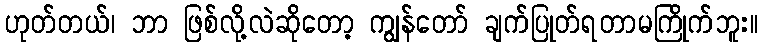
ဟုတ်တယ်၊ ဘာ ဖြစ်လို့လဲဆိုတော့ ကျွန်တော် ချက်ပြုတ်ရတာမကြိုက်ဘူး။